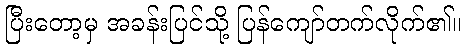
ပြီးတော့မှ အခန်းပြင်သို့ ပြန်ကျော်တက်လိုက်၏။